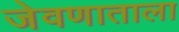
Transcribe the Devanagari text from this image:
जेवणाताला